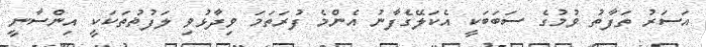
އަސަރު ތަފާތު ވުމުގެ ސަބަބަކީ އެކަލޭގެފާނު އެންމެ ފުރަތަމަ ވިދާޅުވި ލަފުޡުތަކަކީ އިންސާނީ